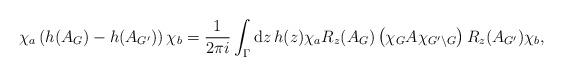
LaTeX: \begin{align*}\chi_a \left(h(A_G)-h(A_{G'})\right) \chi_b = \frac{1}{2\pi i} \int_{\Gamma}\mathrm{d}z\, h(z) \chi_a R_z(A_{G}) \left( \chi_G A \chi_{G'\setminus G}\right) R_z(A_{G'})\chi_b,\end{align*}